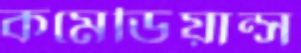
কমেডিয়ান্স